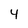
Character: 4